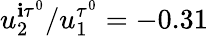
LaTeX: u_{2}^{\mathbf{i}\tau^{0}}/u_{1}^{\tau^{0}}=-0.31